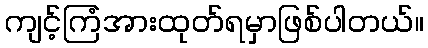
ကျင့်ကြံအားထုတ်ရမှာဖြစ်ပါတယ်။